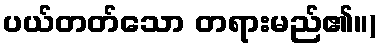
ပယ်တတ်သော တရားမည်၏။)